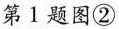
第1题图②